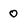
Character: 0